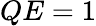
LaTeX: QE=1